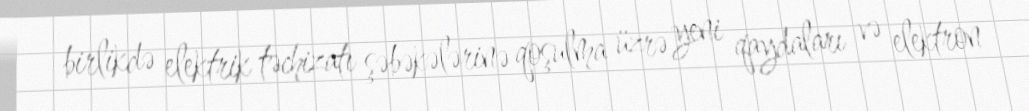
birlikdə elektrik təchizatı şəbəkələrinə qoşulma üzrə yeni qaydaları və elektron